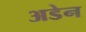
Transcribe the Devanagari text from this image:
अडेन